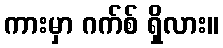
ကားမှာ ဂက်စ် ရှိလား။